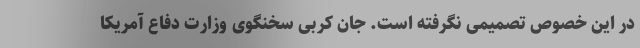
در این خصوص تصمیمی نگرفته است. جان کربی سخنگوی وزارت دفاع آمریکا